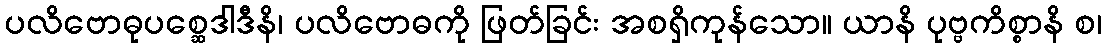
ပလိဗောဓုပစ္ဆေဒါဒီနိ၊ ပလိဗောဓကို ဖြတ်ခြင်း အစရှိကုန်သော။ ယာနိ ပုဗ္ဗကိစ္စာနိ စ၊